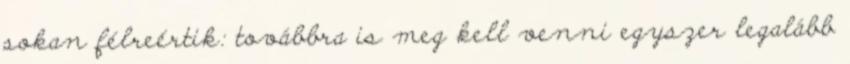
sokan félreértik: továbbra is meg kell venni egyszer legalább